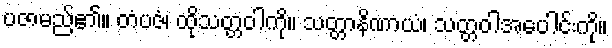
ပဇာမည်၏။ တံပဇံ၊ ထိုသတ္တဝါကို။ သတ္တာနိဏာယံ၊ သတ္တဝါအပေါင်းကို။